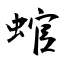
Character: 䗆